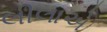
લીલાએ